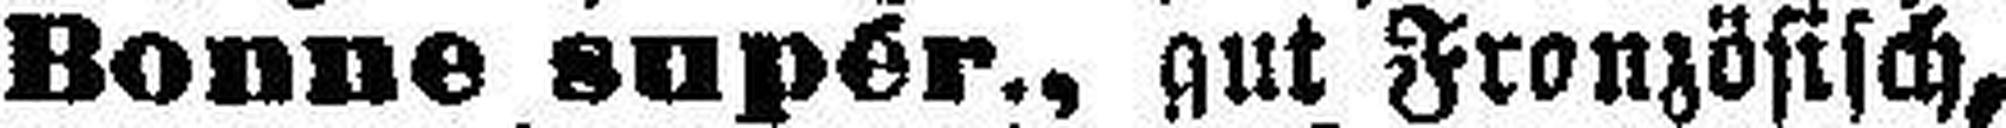
Bonne supér., gut Französisch,